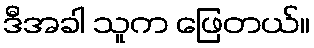
ဒီအခါ သူက ဖြေတယ်။